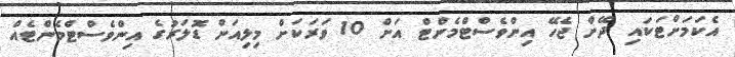
އެކަމަށްޓަކައި ދޭން ޖެހޭ އިންވެސްޓްމެންޓް އަށް 10 ވަރަކަށް މިލިއަން ޑޮލަރުގެ އިންވެސްޓްމެންޓެއް